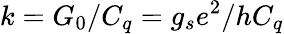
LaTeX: k=G_{0}/C_{q}=g_{s}e^{2}/hC_{q}